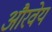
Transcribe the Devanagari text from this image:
औरवेय